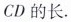
CD的长。